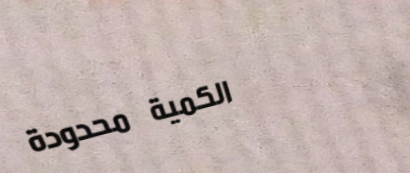
الكمية محدودة